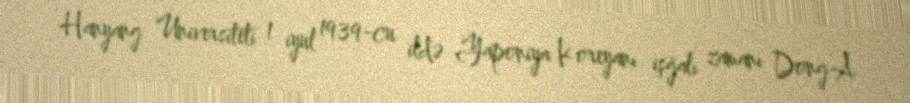
Hanyang Universiteti 1 iyul 1939-cu ildə Yaponiya Koreyanı işğalı zamanı Dong-A